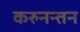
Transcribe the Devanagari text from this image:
करुनन्तन